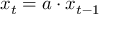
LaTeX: x _ { t } = a \cdot x _ { t - 1 }